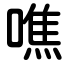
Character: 噍